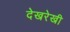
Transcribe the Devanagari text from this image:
देखरेखी